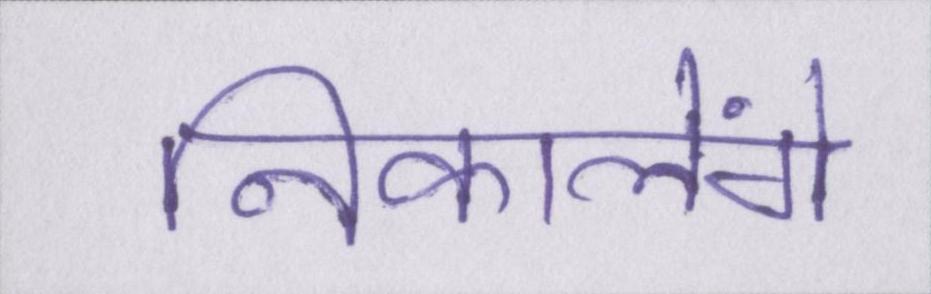
निकालेंगे